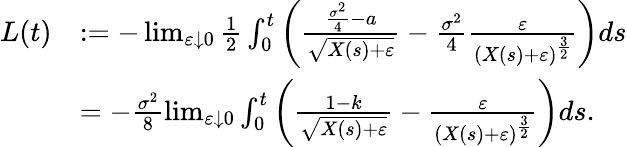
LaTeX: \begin{array}{rl}{L(t)}&{:=-\operatorname*{lim}_{\varepsilon\downarrow 0}\frac{1}{2}\int_{0}^{t}\left(\frac{\frac{\sigma^{2}}{4}-a}{\sqrt{X(s)+\varepsilon}}-\frac{\sigma^{2}}{4}\frac{\varepsilon}{(X(s)+\varepsilon)^{\frac{3}{2}}}\right)ds}\\ &{=-\frac{\sigma^{2}}{8}\operatorname*{lim}_{\varepsilon\downarrow 0}\int_{0}^{t}\left(\frac{1-k}{\sqrt{X(s)+\varepsilon}}-\frac{\varepsilon}{\left(X(s)+\varepsilon\right)^{\frac{3}{2}}}\right)ds.}\end{array}